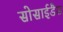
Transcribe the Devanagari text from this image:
सोसाईडैड